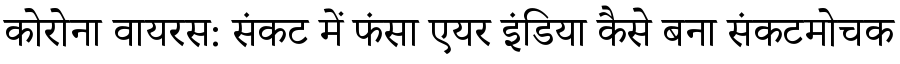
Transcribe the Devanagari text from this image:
कोरोना वायरस: संकट में फंसा एयर इंडिया कैसे बना संकटमोचक